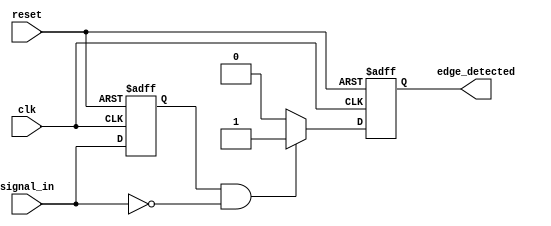
module negative_edge_detector (
    input wire clk,            // Clock signal
    input wire reset,          // Asynchronous reset signal
    input wire signal_in,      // Input signal to be monitored
    output reg edge_detected    // Output signal indicating negative edge detection
);

    reg previous_state;        // Register to hold the previous state of signal_in

    // Always block for edge detection logic
    always @(posedge clk or posedge reset) begin
        if (reset) begin
            previous_state <= 1'b0; // Initialize previous_state to 0 on reset
            edge_detected <= 1'b0;   // Clear edge_detected on reset
        end else begin
            // Check for negative edge
            edge_detected <= (previous_state == 1'b1 && signal_in == 1'b0) ? 1'b1 : 1'b0;
            previous_state <= signal_in; // Update previous_state with current signal_in
        end
    end

endmodule